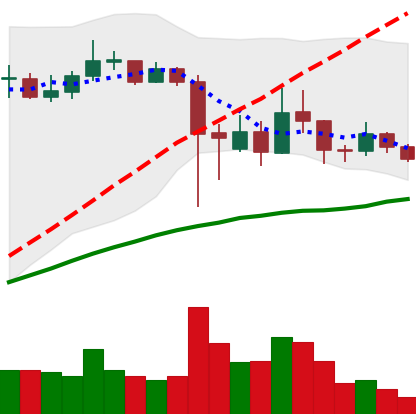
Ticker: ADA-USD
Chart end date: 2021-09-17
Forward return: -3.42%
Label: down_3_5